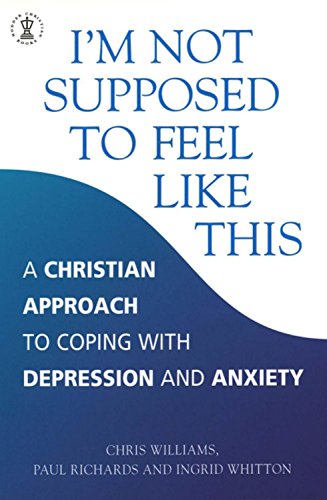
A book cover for I'm Not Supposed to Feel Like This: A Christian Approach to Coping with Depression and Anxiety (Hodder Christian Books); Chris Williams; Health, Fitness & Dieting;